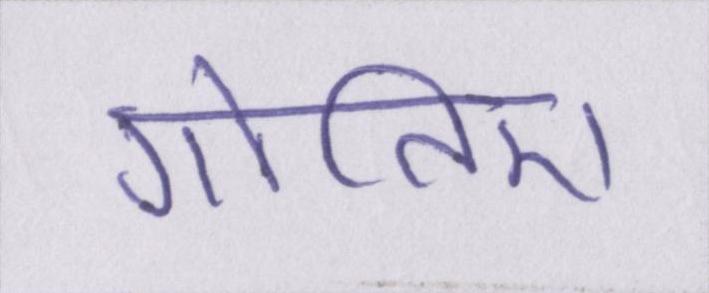
गोतिए